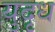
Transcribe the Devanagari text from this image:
युदृध